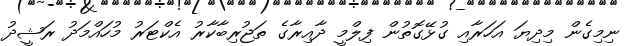
ނިމިގެން މިދިޔަ އަހަރާއި ގުޅޭގޮތުން ފިލްމީ ދާއިރާގެ ތަޖުރިބާކާރު އެކްޓަރު މުހައްމަދު ރަޝީދު